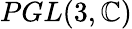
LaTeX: PGL(3,\mathbb{C})